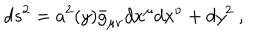
LaTeX: d s ^ { 2 } = a ^ { 2 } ( y ) \bar { g } _ { \mu \nu } d x ^ { \mu } d x ^ { \nu } + d y ^ { 2 } \ ,